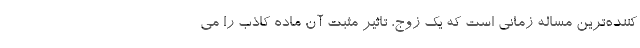
کننده‌ترین مساله زمانی است که یک زوج، تاثیر مثبت آن ماده کاذب را می